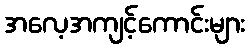
အလေ့အကျင့်ကောင်းများ